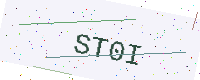
Text: ST0I